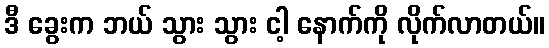
ဒီ ခွေးက ဘယ် သွား သွား ငါ့ နောက်ကို လိုက်လာတယ်။